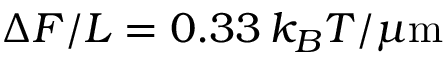
\Delta { \cal F } / L = 0 . 3 3 \, k _ { B } T / \mu \mathrm { m }